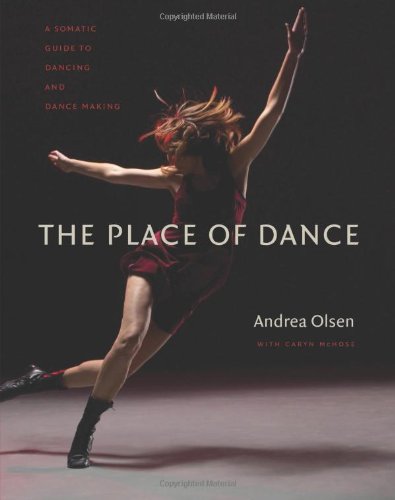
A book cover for The Place of Dance: A Somatic Guide to Dancing and Dance Making; Andrea Olsen; Humor & Entertainment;